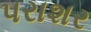
પરાશર